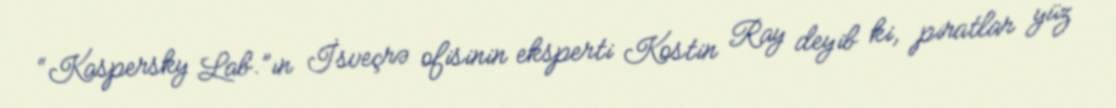
“Kaspersky Lab.”ın İsveçrə ofisinin eksperti Kostin Ray deyib ki, piratlar yüz